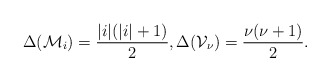
\begin{align*} \Delta(\mathcal M_i) = \frac{|i|(|i|+1)}{2}, \Delta(\mathcal V_\nu) = \frac{ \nu ( \nu +1)}{2}. \end{align*}